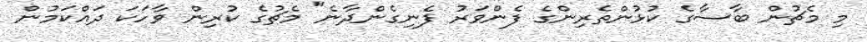
މި މެޗުން ބާސާގެ ކުޅުންތެރިންގެ ފެންވަރު ފެނިގެންދާނެ" މެޗުގެ ކުރިން ވާހަކަ ދައްކަމުން